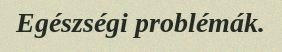
Egészségi problémák.